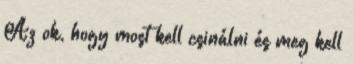
Az ok, hogy most kell csinálni és meg kell